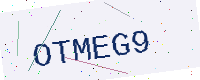
Text: OTMEG9